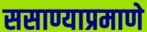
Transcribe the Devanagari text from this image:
ससाण्याप्रमाणे